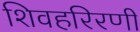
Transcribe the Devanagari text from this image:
शिवहरिरणी